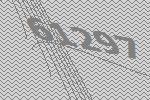
61297